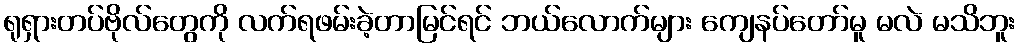
ရုရှားတပ်ဗိုလ်တွေကို လက်ရဖမ်းခဲ့တာမြင်ရင် ဘယ်လောက်များ ကျေနပ်တော်မူ မလဲ မသိဘူး